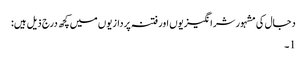
دجال کی مشہور شرانگیزیوں اور فتنہ پردازیوں میں کچھ درج ذیل ہیں:
1۔